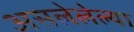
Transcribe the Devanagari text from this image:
असलेलेल्या